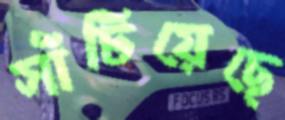
সাঁটিয়েছে